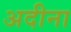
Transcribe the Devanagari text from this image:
अदीना